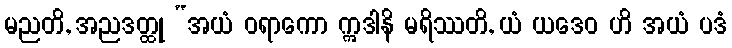
မညတိ, အညဒတ္ထု “အယံ ဝရာကော ဣဒါနိ မရိဿတိ, ယံ ယဒေဝ ဟိ အယံ ပဒံ